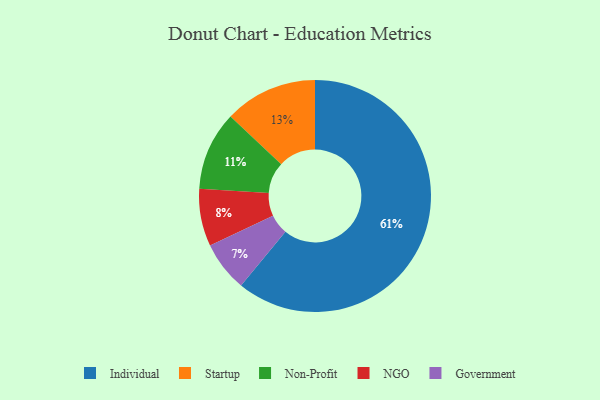
{"axis": {"x": "Category", "y": "Percentage"}, "legend": ["Government", "Individual", "NGO", "Non-Profit", "Startup"], "data": [{"x": "Individual", "y": 61, "type": "Individual"}, {"x": "NGO", "y": 8, "type": "NGO"}, {"x": "Government", "y": 7, "type": "Government"}, {"x": "Non-Profit", "y": 11, "type": "Non-Profit"}, {"x": "Startup", "y": 13, "type": "Startup"}]}